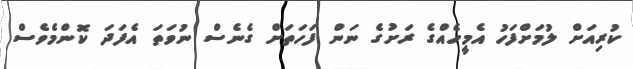
ކުރިއަށް ލުމަށްފަހު އެމީހެއްގެ ރަށުގެ ނަން ފަހަތަށް ގެނެސް ނުވަތަ އެފަދަ ކޮންމެވެސް